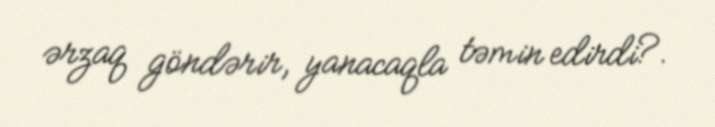
ərzaq göndərir, yanacaqla təmin edirdi?.